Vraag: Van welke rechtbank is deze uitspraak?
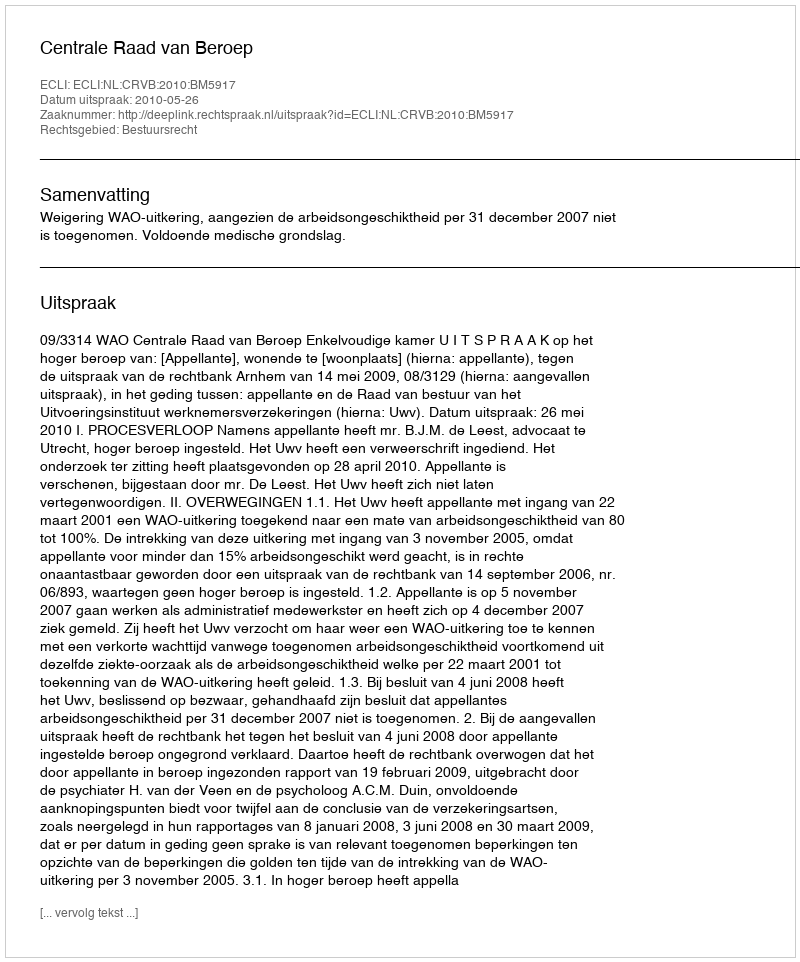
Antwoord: Centrale Raad van Beroep